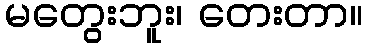
မတွေးဘူး၊ တေးတာ။